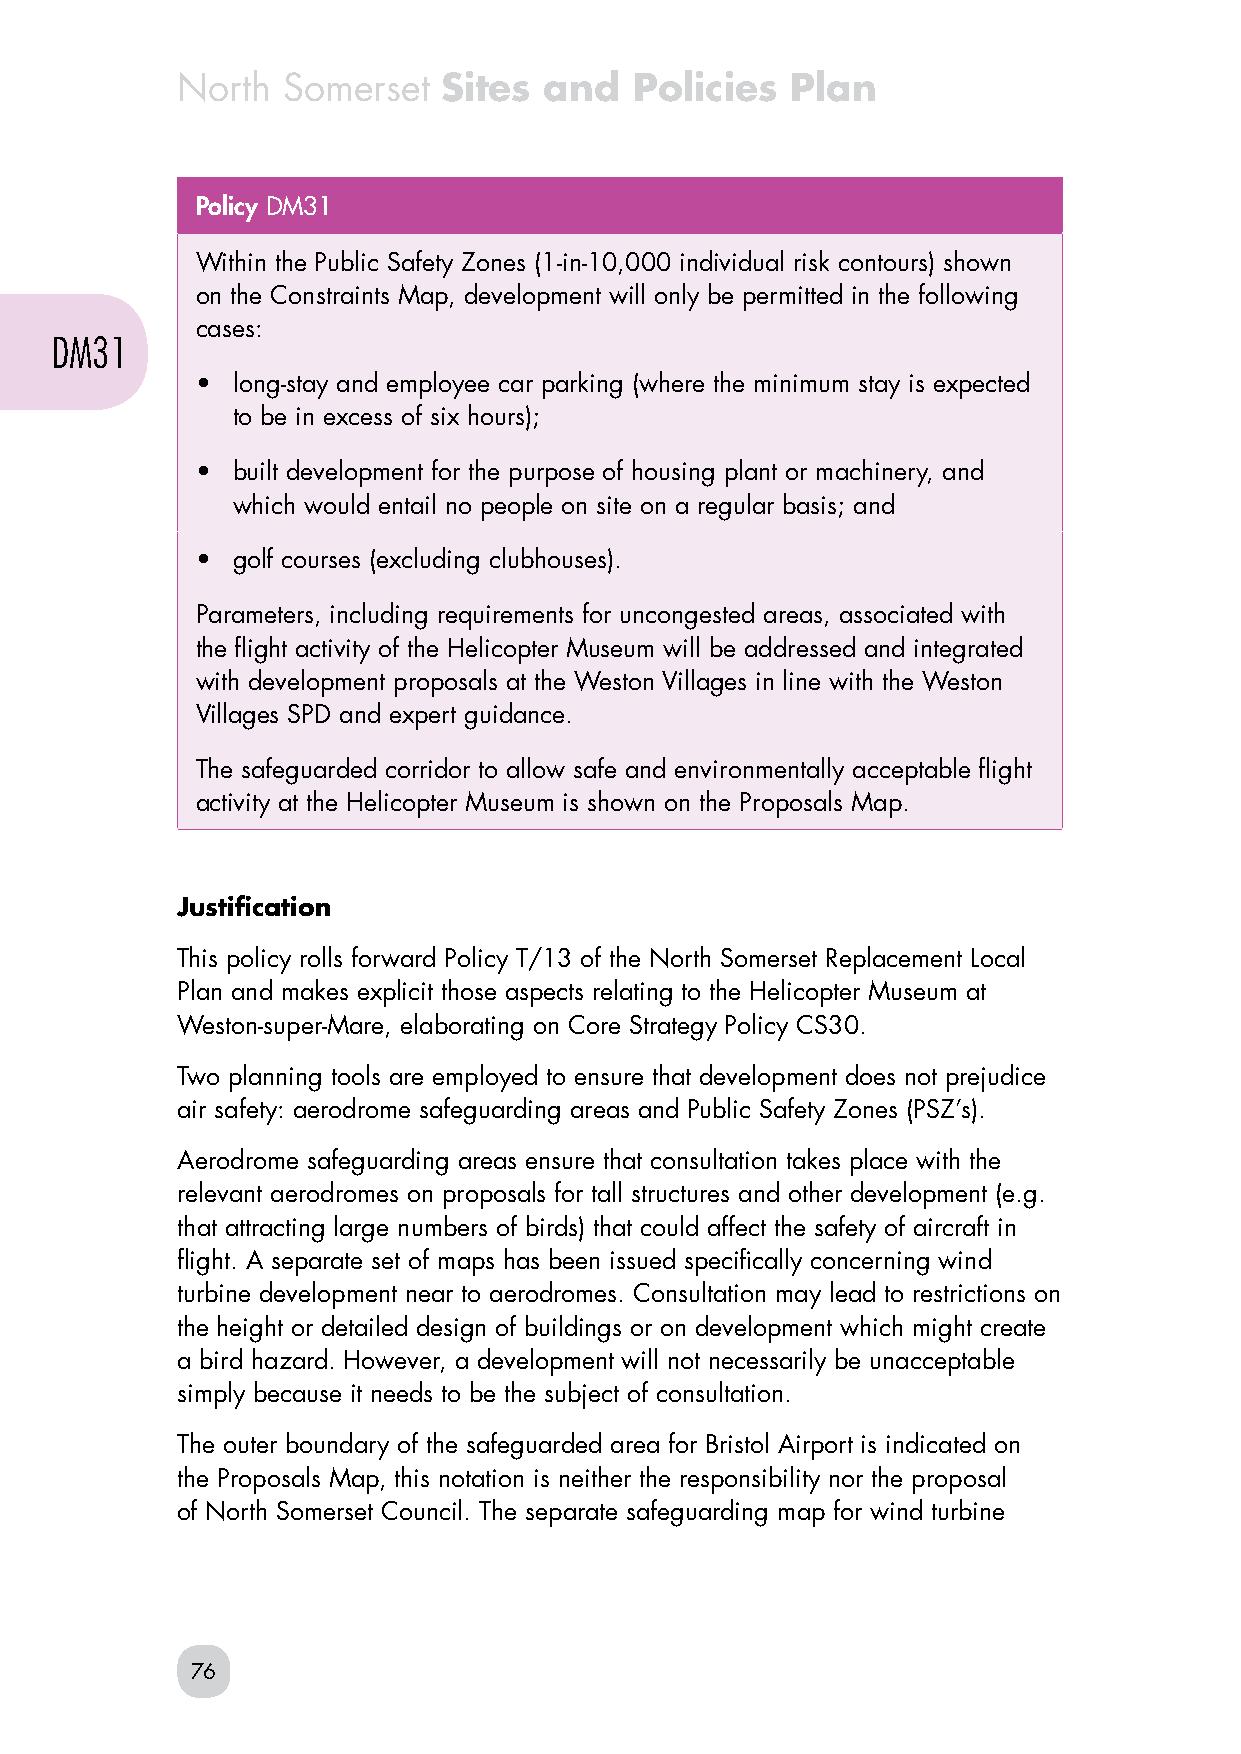
North  Somerset  Sites  and   Policies  Plan
 Policy DM31
 Within the Public Safety Zones (1-in-10,000 individual risk contours) shown
 on the Constraints Map, development will only be permitted in the following
 cases:
 DM31
 • long-stay and employee car parking (where the minimum stay is expected
 to be in excess of six hours);
 • built development for the purpose of housing plant or machinery, and
 which would entail no people on site on a regular basis; and
 • golf courses (excluding clubhouses).
 Parameters, including requirements for uncongested areas, associated with
 the flight activity of the Helicopter Museum will be addressed and integrated
 with development proposals at the Weston Villages in line with the Weston
 Villages SPD and expert guidance.
 The safeguarded corridor to allow safe and environmentally acceptable flight
 activity at the Helicopter Museum is shown on the Proposals Map.
 Justification
 This policy rolls forward Policy T/13 of the North Somerset Replacement Local
 Plan and makes explicit those aspects relating to the Helicopter Museum at
 Weston-super-Mare, elaborating on Core Strategy Policy CS30.
 Two planning tools are employed to ensure that development does not prejudice
 air safety: aerodrome safeguarding areas and Public Safety Zones (PSZ’s).
 Aerodrome safeguarding areas ensure that consultation takes place with the
 relevant aerodromes on proposals for tall structures and other development (e.g.
 that attracting large numbers of birds) that could affect the safety of aircraft in
 flight. A separate set of maps has been issued specifically concerning wind
 turbine development near to aerodromes. Consultation may lead to restrictions on
 the height or detailed design of buildings or on development which might create
 a bird hazard. However, a development will not necessarily be unacceptable
 simply because it needs to be the subject of consultation.
 The outer boundary of the safeguarded area for Bristol Airport is indicated on
 the Proposals Map, this notation is neither the responsibility nor the proposal
 of North Somerset Council. The separate safeguarding map for wind turbine
 76